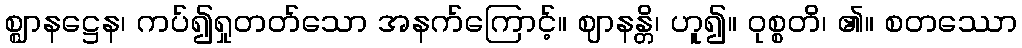
စ္ဈာနဋ္ဌေန၊ ကပ်၍ရှုတတ်သော အနက်ကြောင့်။ ဈာနန္တိ၊ ဟူ၍။ ဝုစ္စတိ၊ ၏။ စတဿော